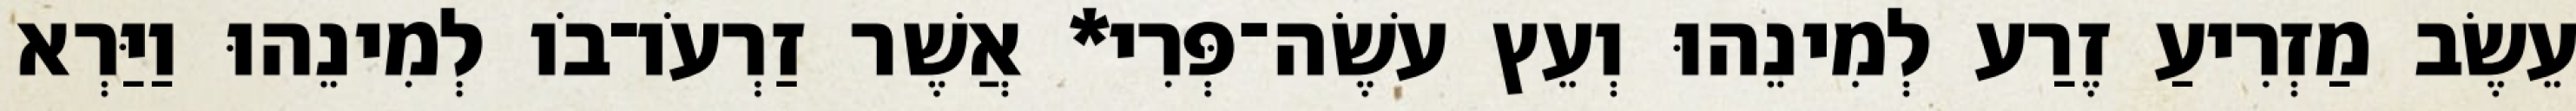
עֵשֶׂב מַזְרִיעַ זֶרַע לְמִינֵהוּ וְעֵץ עֹשֶׂה־פְּרִי* אֲשֶׁר זַרְעֹו־בֹו לְמִינֵהוּ וַיַּרְא